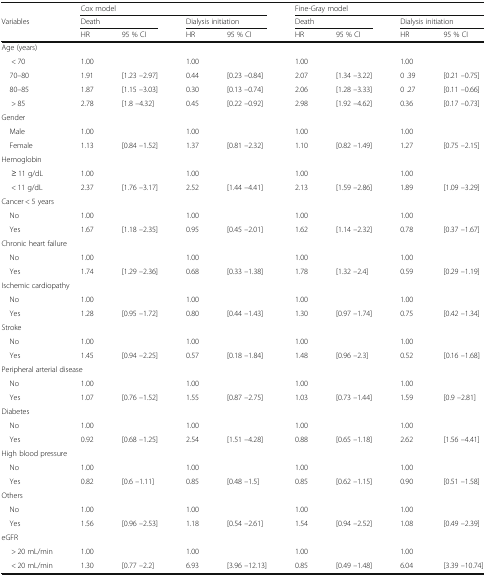
<table><thead><tr><td></td><td colspan="4"><b>Cox model</b></td><td colspan="4"><b>Fine-Gray model</b></td></tr><tr><td><b>Variables</b></td><td colspan="2"><b>Death</b></td><td colspan="2"><b>Dialysis initiation</b></td><td colspan="2"><b>Death</b></td><td colspan="2"><b>Dialysis initiation</b></td></tr><tr><td></td><td><b>HR</b></td><td><b>95 % CI</b></td><td><b>HR</b></td><td><b>95 % CI</b></td><td><b>HR</b></td><td><b>95 % CI</b></td><td><b>HR</b></td><td><b>95 % CI</b></td></tr></thead><tbody><tr><td colspan="9">Age (years)</td></tr><tr><td>&lt; 70</td><td>1.00</td><td></td><td>1.00</td><td></td><td>1.00</td><td></td><td>1.00</td><td></td></tr><tr><td> 70–80</td><td>1.91</td><td>[1.23 –2.97]</td><td>0.44</td><td>[0.23 –0.84]</td><td>2.07</td><td>[1.34 –3.22]</td><td>0 .39</td><td>[0.21 –0.75]</td></tr><tr><td> 80–85</td><td>1.87</td><td>[1.15 –3.03]</td><td>0.30</td><td>[0.13 –0.74]</td><td>2.06</td><td>[1.28 –3.33]</td><td>0 .27</td><td>[0.11 –0.66]</td></tr><tr><td>&gt; 85</td><td>2.78</td><td>[1.8 –4.32]</td><td>0.45</td><td>[0.22 –0.92]</td><td>2.98</td><td>[1.92 –4.62]</td><td>0.36</td><td>[0.17 –0.73]</td></tr><tr><td colspan="9">Gender</td></tr><tr><td> Male</td><td>1.00</td><td></td><td>1.00</td><td></td><td>1.00</td><td></td><td>1.00</td><td></td></tr><tr><td> Female</td><td>1.13</td><td>[0.84 –1.52]</td><td>1.37</td><td>[0.81 –2.32]</td><td>1.10</td><td>[0.82 –1.49]</td><td>1.27</td><td>[0.75 –2.15]</td></tr><tr><td colspan="9">Hemoglobin</td></tr><tr><td>≥ 11 g/dL</td><td>1.00</td><td></td><td>1.00</td><td></td><td>1.00</td><td></td><td>1.00</td><td></td></tr><tr><td>&lt; 11 g/dL</td><td>2.37</td><td>[1.76 –3.17]</td><td>2.52</td><td>[1.44 –4.41]</td><td>2.13</td><td>[1.59 –2.86]</td><td>1.89</td><td>[1.09 –3.29]</td></tr><tr><td colspan="9">Cancer &lt; 5 years</td></tr><tr><td> No</td><td>1.00</td><td></td><td>1.00</td><td></td><td>1.00</td><td></td><td>1.00</td><td></td></tr><tr><td> Yes</td><td>1.67</td><td>[1.18 –2.35]</td><td>0.95</td><td>[0.45 –2.01]</td><td>1.62</td><td>[1.14 –2.32]</td><td>0.78</td><td>[0.37 –1.67]</td></tr><tr><td colspan="9">Chronic heart failure</td></tr><tr><td> No</td><td>1.00</td><td></td><td>1.00</td><td></td><td>1.00</td><td></td><td>1.00</td><td></td></tr><tr><td> Yes</td><td>1.74</td><td>[1.29 –2.36]</td><td>0.68</td><td>[0.33 –1.38]</td><td>1.78</td><td>[1.32 –2.4]</td><td>0.59</td><td>[0.29 –1.19]</td></tr><tr><td colspan="9">Ischemic cardiopathy</td></tr><tr><td> No</td><td>1.00</td><td></td><td>1.00</td><td></td><td>1.00</td><td></td><td>1.00</td><td></td></tr><tr><td> Yes</td><td>1.28</td><td>[0.95 –1.72]</td><td>0.80</td><td>[0.44 –1.43]</td><td>1.30</td><td>[0.97 –1.74]</td><td>0.75</td><td>[0.42 –1.34]</td></tr><tr><td colspan="9">Stroke</td></tr><tr><td> No</td><td>1.00</td><td></td><td>1.00</td><td></td><td>1.00</td><td></td><td>1.00</td><td></td></tr><tr><td> Yes</td><td>1.45</td><td>[0.94 –2.25]</td><td>0.57</td><td>[0.18 –1.84]</td><td>1.48</td><td>[0.96 –2.3]</td><td>0.52</td><td>[0.16 –1.68]</td></tr><tr><td colspan="9">Peripheral arterial disease</td></tr><tr><td> No</td><td>1.00</td><td></td><td>1.00</td><td></td><td>1.00</td><td></td><td>1.00</td><td></td></tr><tr><td> Yes</td><td>1.07</td><td>[0.76 –1.52]</td><td>1.55</td><td>[0.87 –2.75]</td><td>1.03</td><td>[0.73 –1.44]</td><td>1.59</td><td>[0.9 –2.81]</td></tr><tr><td colspan="9">Diabetes</td></tr><tr><td> No</td><td>1.00</td><td></td><td>1.00</td><td></td><td>1.00</td><td></td><td>1.00</td><td></td></tr><tr><td> Yes</td><td>0.92</td><td>[0.68 –1.25]</td><td>2.54</td><td>[1.51 –4.28]</td><td>0.88</td><td>[0.65 –1.18]</td><td>2.62</td><td>[1.56 –4.41]</td></tr><tr><td colspan="9">High blood pressure</td></tr><tr><td> No</td><td>1.00</td><td></td><td>1.00</td><td></td><td>1.00</td><td></td><td>1.00</td><td></td></tr><tr><td> Yes</td><td>0.82</td><td>[0.6 –1.11]</td><td>0.85</td><td>[0.48 –1.5]</td><td>0.85</td><td>[0.62 –1.15]</td><td>0.90</td><td>[0.51 –1.58]</td></tr><tr><td colspan="9">Others</td></tr><tr><td> No</td><td>1.00</td><td></td><td>1.00</td><td></td><td>1.00</td><td></td><td>1.00</td><td></td></tr><tr><td> Yes</td><td>1.56</td><td>[0.96 –2.53]</td><td>1.18</td><td>[0.54 –2.61]</td><td>1.54</td><td>[0.94 –2.52]</td><td>1.08</td><td>[0.49 –2.39]</td></tr><tr><td colspan="9">eGFR</td></tr><tr><td>&gt; 20 mL/min</td><td>1.00</td><td></td><td>1.00</td><td></td><td>1.00</td><td></td><td>1.00</td><td></td></tr><tr><td>&lt; 20 mL/min</td><td>1.30</td><td>[0.77 –2.2]</td><td>6.93</td><td>[3.96 –12.13]</td><td>0.85</td><td>[0.49 –1.48]</td><td>6.04</td><td>[3.39 –10.74]</td></tr></tbody></table>